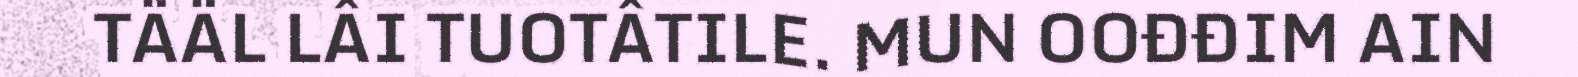
TÄÄL LÂI TUOTÂTILE. MUN OOĐĐIM AIN